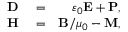
\begin{array} { r l r } { \mathbf { D } } & { { } = } & { \varepsilon _ { 0 } \mathbf { E } + \mathbf { P } , } \\ { \mathbf { H } } & { { } = } & { \mathbf { B } / \mu _ { 0 } - \mathbf { M } , } \end{array}